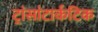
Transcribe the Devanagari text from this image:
ट्रांसांटार्कटिक